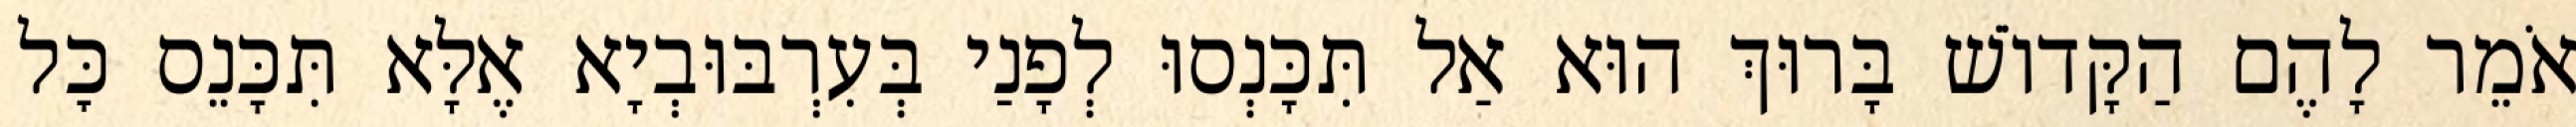
אֹמֵר לָהֶם הַקָּדוֹשׁ בָּרוּךְ הוּא אַל תִּכָּנְסוּ לְפָנַי בְּעִרְבּוּבְיָא אֶלָּא תִּכָּנֵס כׇּל